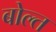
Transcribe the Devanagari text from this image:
बोल्त